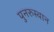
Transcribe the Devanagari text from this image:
पुनरुस्थान